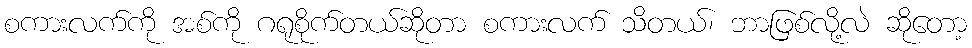
စကားလက်ကို အစ်ကို ဂရုစိုက်တယ်ဆိုတာ စကားလက် သိတယ်၊ ဘာဖြစ်လို့လဲ ဆိုတော့